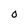
Character: o